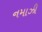
નમાઝી